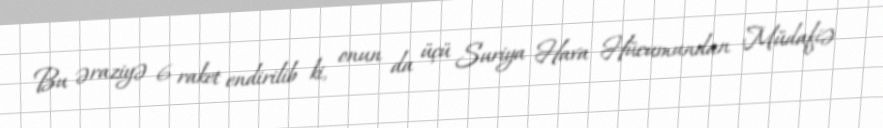
Bu əraziyə 6 raket endirilib ki, onun da üçü Suriya Hava Hücumundan Müdafiə